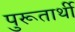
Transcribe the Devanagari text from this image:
पुरूतार्थी